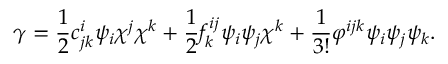
\gamma = \frac { 1 } { 2 } c _ { j k } ^ { i } \psi _ { i } \chi ^ { j } \chi ^ { k } + \frac { 1 } { 2 } f _ { k } ^ { i j } \psi _ { i } \psi _ { j } \chi ^ { k } + \frac { 1 } { 3 ! } \varphi ^ { i j k } \psi _ { i } \psi _ { j } \psi _ { k } .